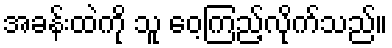
အခန်းထဲကို သူ ဝေ့ကြည့်လိုက်သည်။